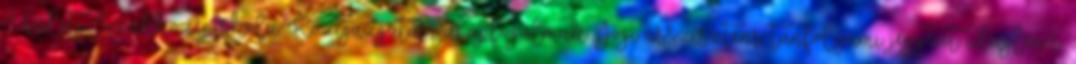
Üzleti Szakközépiskola Közigazgatási alapfogalmak Jogi asszisztens tanfolyami jegyzet ideiglenes